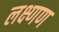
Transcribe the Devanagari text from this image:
लक्ष्णण